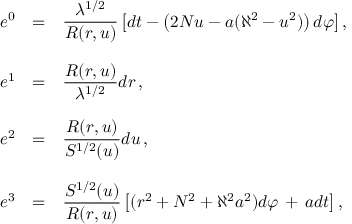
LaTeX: \begin{array} { r c l } { { e ^ { 0 } } } & { { = } } & { { { \displaystyle \frac { \lambda ^ { 1 / 2 } } { R ( r , u ) } \left[ d t - \left( 2 N u - a ( \aleph ^ { 2 } - u ^ { 2 } ) \right) d \varphi \right] } \, , } } \\ { { } } & { { } } & { { } } \\ { { e ^ { 1 } } } & { { = } } & { { { \displaystyle \frac { R ( r , u ) } { \lambda ^ { 1 / 2 } } d r } \, , } } \\ { { } } & { { } } & { { } } \\ { { e ^ { 2 } } } & { { = } } & { { { \displaystyle \frac { R ( r , u ) } { { \cal S } ^ { 1 / 2 } ( u ) } d u } \, , } } \\ { { } } & { { } } & { { } } \\ { { e ^ { 3 } } } & { { = } } & { { { \displaystyle \frac { { \cal S } ^ { 1 / 2 } ( u ) } { R ( r , u ) } \left[ ( r ^ { 2 } + N ^ { 2 } + \aleph ^ { 2 } a ^ { 2 } ) d \varphi \, + \, a d t \right] } \, , } } \end{array}